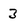
Character: 3